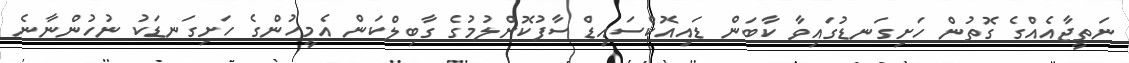
ނަތީޖާއެއްގެ ގޮތުން ހަށިގަނޑުގައިވާ ކާބަން ޑައިއޮކްސައިޑް ސާފުކޮށްލުމުގެ ގާބިލްކަން އެމީހުންގެ ހަށިގަނޑަކު ނުހުންނާނެ